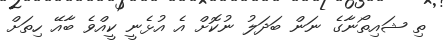
ތި ޝައިތޯނާގެ ނަން ބަދަލު ނުކޮށް އެ އުޅެނީ ކީއްވެ ބާއޭ ހިތަށް